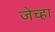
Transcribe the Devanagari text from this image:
जेच्हा